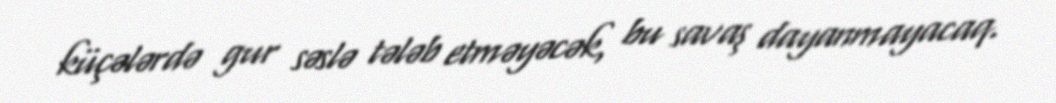
küçələrdə gur səslə tələb etməyəcək, bu savaş dayanmayacaq.